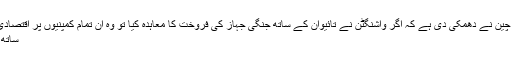
ملکی خبر رساں ادارے کے مطابق چین نے دھمکی دی ہے کہ اگر واشنگٹن نے تائیوان کے ساتھ جنگی جہاز کی فروخت کا معاہدہ کیا تو وہ ان تمام کمپنیوں پر اقتصادی پابندیاں لگا دے گا جو تائیوان کے
ساتھ ایف 16 کی فروخت میں شامل ہیں۔